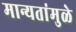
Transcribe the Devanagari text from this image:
मान्यतांमुळे